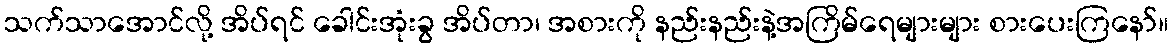
သက်သာအောင်လို့ အိပ်ရင် ခေါင်းအုံးခွ အိပ်တာ၊ အစားကို နည်းနည်းနဲ့အကြိမ်ရေများများ စားပေးကြနော်။